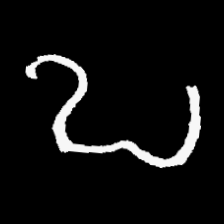
Pyu character \u2014 Myanmar letter: ဎ (romanized: ddha)